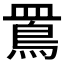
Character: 𪾖